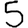
Digit: 5